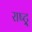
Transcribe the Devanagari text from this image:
राष्ट्र्